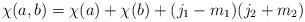
LaTeX: \begin{align*}\chi(a,b)=\chi(a)+\chi(b)+(j_{1}-m_{1}) (j_{2}+m_{2})\end{align*}